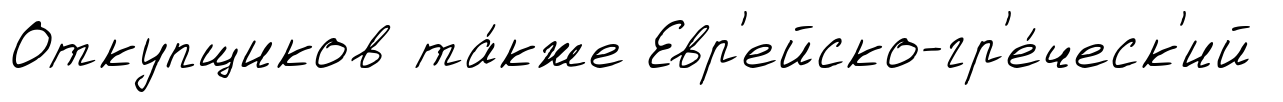
Откупщиков та́кже Евр'ейско-гр'е́ческ'ий